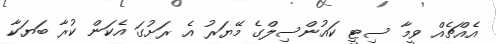
އެއްޗެއް ވީމާ ސިޓީ ކައުންސިލްގެ މޭޔަރު އެ ރަށުގަ އެކަން ކުރާ ބަޔަކާ